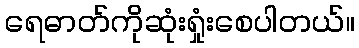
ရေဓာတ်ကိုဆုံးရှုံးစေပါတယ်။